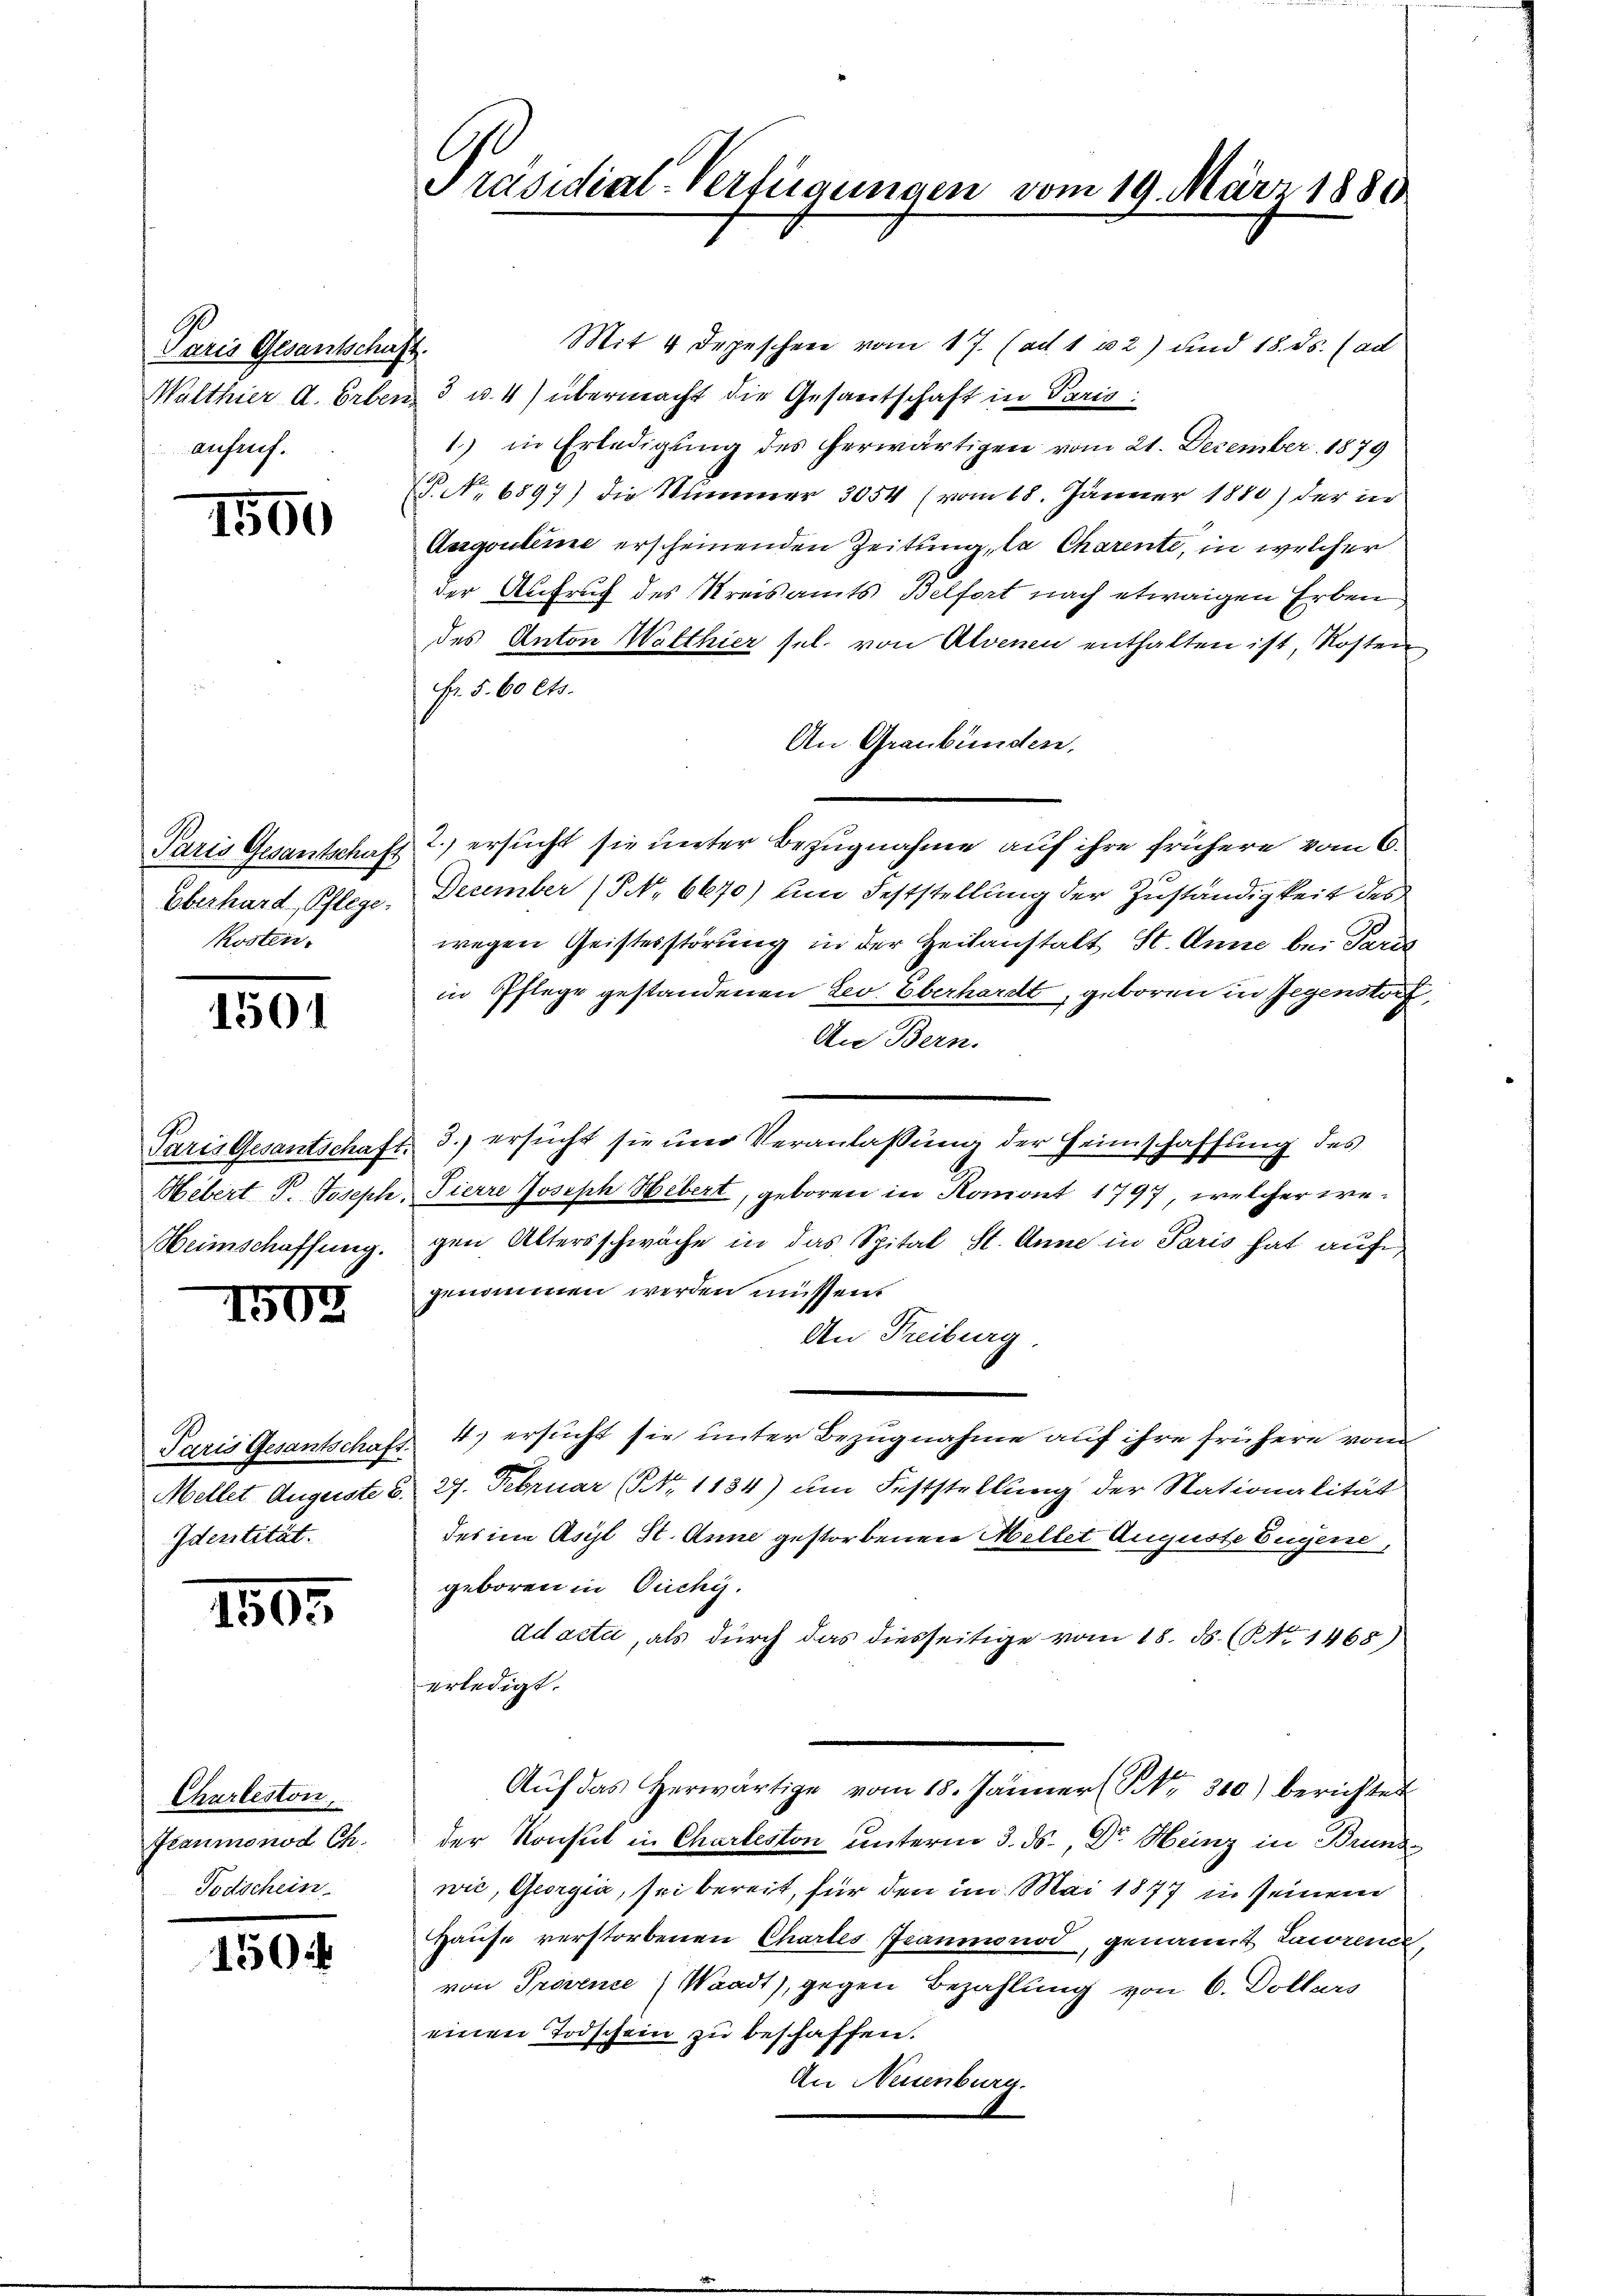
Paris Gesantschaft.
Walthier a. Erben,
aufruf.

1590

Paris Gesantschaft
Oberhard, Pflege.
Kosten.

1501

Paris Gesantschaft.
Hebert P. Joseph.
Heimschaffung.

1502

Paris Gesantschaf
Mellet Augenste 8.
Identität.

1505

Churbeston,
Fraumonod Ch.
Todschein

150

Präsidial-Verfügungen vom 19. März 1880

Mit 4 Depeschen vom 17. (ad 1 2) und 18. ds. (ad
3 u. 4) übermacht die Gesantschaft in Paris.
1.) in Erledigung des herwärtigen vom 21. December 1879
 No 6897) die Nummer 3054 (vom 18. Jänner 1880) der in
Angouleme erscheinenden Zeitung, la Charente, in welcher
der Aufruf des Kreisamts Belfort nach etwaigen Erben
des Anton Walthier sel. von Alvenen enthalten ist, Kosten
Fr. 5. 60 Cts.
An Graubünden.
2. ersucht sie unter Bezugnahme auf ihre frühere vom 6.
December (S. 6670) um Feststellung der Zuständigkeit des
wegen Geistesstörung in der Zeitanstalt St. Anna bei Paris
in Pflege gestandenen Lev. Überhardt, geboren in Gegenstorf,
An Bern.
3.) ersucht sie und Veranlaßung der Heimschaffung des
Pierre Joseph Hebert, geboren in Romont 1797, welcher wegen Altersschwäche in das Spital St. Anne in Paris hat auf
genommen werden müssen.
An Freiburg.
4.) ersucht sie unter Bezugnahme auf ihre frühere vom
27. Februar (N. 1184) um Feststellung der Stationalität
des in Asyl St. Anne gestorbenen Mellet Auguste Eugene,
geboren in Ouchy.
ad acti, als durch das diesseitige vom 18. d. (§ 1468)
erledigt.
Aŭf das herwärtige vom 18. Jänner (S. 300) berichtet
der Konsul in Charteston unterm 3. ds., Dr. Heinz in Brundwie, Georgia, sei bereit, für den im Mai 1877 in seinem
Haŭse verstorbenen Chartes Granmnod, genannt Laworene,
von Provence (Waadt), gegen Bezahlung von 6. Dollars
einen Todschein zu beschaffen.
An Neuenburg.